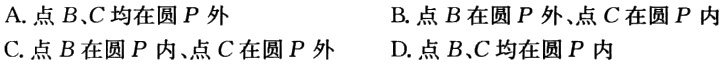
A. 点\(B、C\)均在圆\(P\)外

B. 点\(B\)在圆\(P\)外、点\(C\)在圆\(P\)内

C. 点\(B\)在圆\(P\)内、点\(C\)在圆\(P\)外

D. 点\(B、C\)均在圆\(P\)内